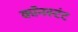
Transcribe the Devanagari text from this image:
कॉनस्टंट